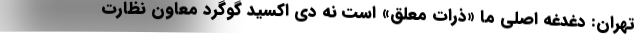
تهران: دغدغه اصلی ما «ذرات معلق» است نه دی اکسید گوگرد معاون نظارت